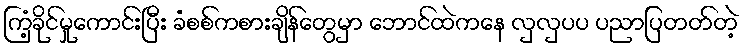
ကြံ့ခိုင်မှုကောင်းပြီး ခံစစ်ကစားချိန်တွေမှာ ဘောင်ထဲကနေ လှလှပပ ပညာပြတတ်တဲ့